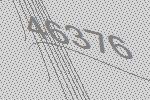
46376